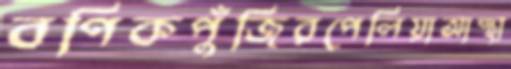
বণিকপুঁজিরপেলিয়াআস্থা